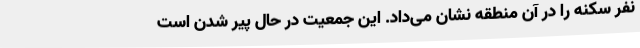
نفر سکنه را در آن منطقه نشان می‌داد. این جمعیت در حال پیر شدن است